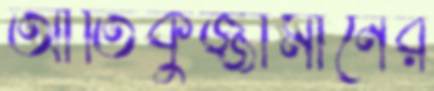
আতিকুজ্জামানের